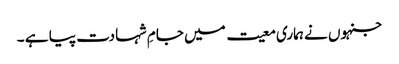
جنہوں نے ہماری معیت میں جامِ شہادت پیا ہے ۔